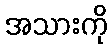
အသားကို